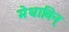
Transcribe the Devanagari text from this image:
मेधाविन्